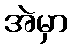
အဲမှာ